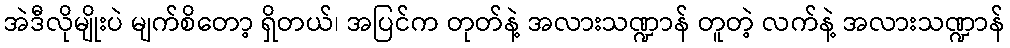
အဲဒီလိုမျိုးပဲ မျက်စိတော့ ရှိတယ်၊ အပြင်က တုတ်နဲ့ အလားသဏ္ဍာန် တူတဲ့ လက်နဲ့ အလားသဏ္ဍာန်